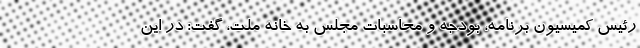
رئیس کمیسیون برنامه، بودجه و محاسبات مجلس به خانه ملت، گفت: در این